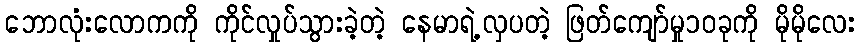
ဘောလုံးလောကကို ကိုင်လှုပ်သွားခဲ့တဲ့ နေမာရဲ့လှပတဲ့ ဖြတ်ကျော်မှု၁၀ခုကို မိုမိုလေး